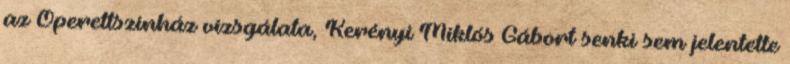
az Operettszínház vizsgálata, Kerényi Miklós Gábort senki sem jelentette